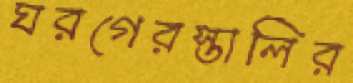
ঘরগেরস্তালির